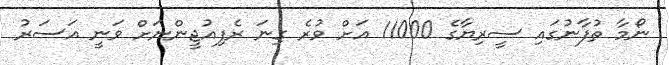
ނޯމާ ތުފާނުގައި ސީރިޔާގެ 11000 އަށް ވުރެ ގިނަ ރެފިއުޖީންނަށް ވަނީ އަސަރު